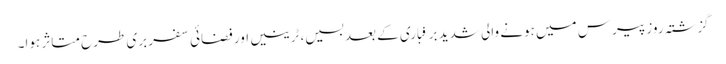
گزشتہ روز پیرس میں ہونے والی شدید برفباری کے بعد بسیں، ٹرینیں اور فضائی سفر بری طرح متاثر ہوا۔